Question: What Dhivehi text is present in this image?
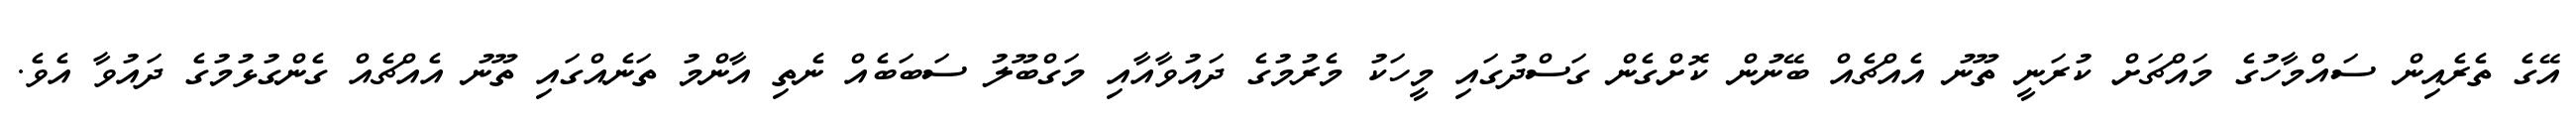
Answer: އޭގެ ތެރެއިން ސައްމާހުގެ މައްޗަށް ކުރަނީ ތޫނު އެއްޗެއް ބޭނުން ކޮށްގެން ގަސްދުގައި މީހަކު މެރުމުގެ ދައުވާއާއި މަގްބޫލު ސަބަބެއް ނެތި އާންމު ތަނެއްގައި ތޫނު އެއްޗެއް ގެންގުޅުމުގެ ދައުވާ އެވެ.